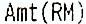
AMT(RM)